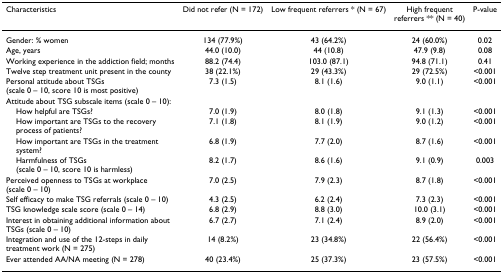
<table><thead><tr><td><b>Characteristics</b></td><td><b>Did not refer (N = 172)</b></td><td><b>Low frequent referrers * (N = 67)</b></td><td><b>High frequentreferrers ** (N = 40)</b></td><td><b>P-value</b></td></tr></thead><tbody><tr><td>Gender: % women</td><td>134 (77.9%)</td><td>43 (64.2%)</td><td>24 (60.0%)</td><td>0.02</td></tr><tr><td>Age, years</td><td>44.0 (10.0)</td><td>44 (10.8)</td><td>47.9 (9.8)</td><td>0.08</td></tr><tr><td>Working experience in the addiction field; months</td><td>88.2 (74.4)</td><td>103.0 (87.1)</td><td>94.8 (71.1)</td><td>0.41</td></tr><tr><td>Twelve step treatment unit present in the county</td><td>38 (22.1%)</td><td>29 (43.3%)</td><td>29 (72.5%)</td><td>&lt;0.001</td></tr><tr><td>Personal attitude about TSGs (scale 0 – 10, score 10 is most positive)</td><td>7.3 (1.5)</td><td>8.1 (1.6)</td><td>9.0 (1.1)</td><td>&lt;0.001</td></tr><tr><td>Attitude about TSG subscale items (scale 0 – 10):</td><td></td><td></td><td></td><td></td></tr><tr><td> How helpful are TSGs?</td><td>7.0 (1.9)</td><td>8.0 (1.8)</td><td>9.1 (1.3)</td><td>&lt;0.001</td></tr><tr><td> How important are TSGs to the recovery process of patients?</td><td>7.1 (1.8)</td><td>8.1 (1.9)</td><td>9.0 (1.2)</td><td>&lt;0.001</td></tr><tr><td> How important are TSGs in the treatment system?</td><td>6.8 (1.9)</td><td>7.7 (2.0)</td><td>8.7 (1.6)</td><td>&lt;0.001</td></tr><tr><td> Harmfulness of TSGs (scale 0 – 10, score 10 is harmless)</td><td>8.2 (1.7)</td><td>8.6 (1.6)</td><td>9.1 (0.9)</td><td>0.003</td></tr><tr><td>Perceived openness to TSGs at workplace (scale 0 – 10)</td><td>7.0 (2.5)</td><td>7.9 (2.3)</td><td>8.7 (1.8)</td><td>&lt;0.001</td></tr><tr><td>Self efficacy to make TSG referrals (scale 0 – 10)</td><td>4.3 (2.5)</td><td>6.2 (2.4)</td><td>7.3 (2.3)</td><td>&lt;0.001</td></tr><tr><td>TSG knowledge scale score (scale 0 – 14)</td><td>6.8 (2.9)</td><td>8.8 (3.0)</td><td>10.0 (3.1)</td><td>&lt;0.001</td></tr><tr><td>Interest in obtaining additional information about TSGs (scale 0 – 10)</td><td>6.7 (2.7)</td><td>7.1 (2.4)</td><td>8.9 (2.0)</td><td>&lt;0.001</td></tr><tr><td>Integration and use of the 12-steps in daily treatment work (N = 275)</td><td>14 (8.2%)</td><td>23 (34.8%)</td><td>22 (56.4%)</td><td>&lt;0.001</td></tr><tr><td>Ever attended AA/NA meeting (N = 278)</td><td>40 (23.4%)</td><td>25 (37.3%)</td><td>23 (57.5%)</td><td>&lt;0.001</td></tr></tbody></table>